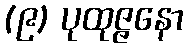
(၉) ပုထုဇ္ဇနော